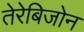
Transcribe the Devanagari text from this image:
तेरेबिजोन